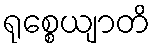
ရုစ္စေယျာတိ